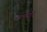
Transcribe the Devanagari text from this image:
तत्पयोद